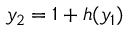
y _ { 2 } = 1 + h ( y _ { 1 } )